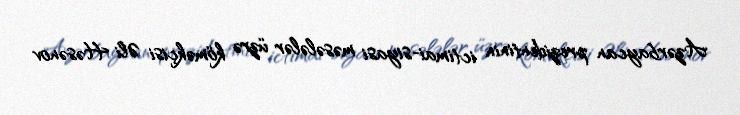
Azərbaycan prezidentinin ictimai-siyasi məsələlər üzrə köməkçisi Əli Həsənov